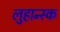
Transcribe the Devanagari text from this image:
लुहान्स्क